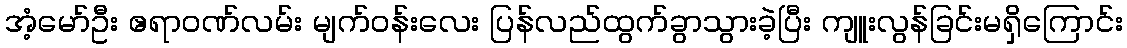
အံ့မော်ဦး ဧရာဝဏ်လမ်း မျက်ဝန်းလေး ပြန်လည်ထွက်ခွာသွားခဲ့ပြီး ကျူးလွန်ခြင်းမရှိကြောင်း